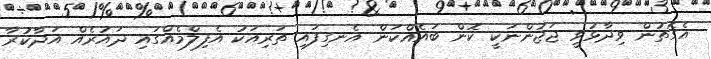
އެގޮތުން ވިދާޅުވީ ޖަޖުންނަކީ ކޮން ބައެއްކަން އެނގިފައި ތަރިއަކު އެފިލްމެއްގައި ދައުރެއް އަދާކުރާ